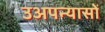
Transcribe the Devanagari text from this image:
उअपन्यासों